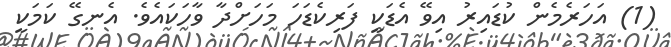
(1) އަހަރެމެން ކުޑައިރު އިވޭ އެޑަކީ ފަރިކެޑަހަ މަހަށްދާ ވާހަކައެވެ. އެނގޭ ކަމަކީ